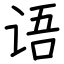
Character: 语